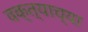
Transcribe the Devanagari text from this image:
वक्त्याच्या